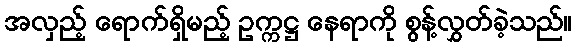
အလှည့် ရောက်ရှိမည့် ဥက္ကဋ္ဌ နေရာကို စွန့်လွှတ်ခဲ့သည်။